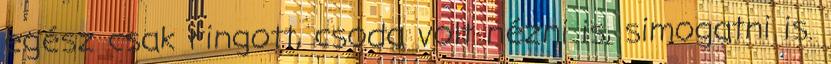
egész csak ringott, csoda volt nézni is, simogatni is.